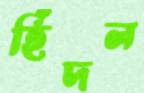
হিঁদল